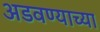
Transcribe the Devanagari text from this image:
अडवण्याच्या